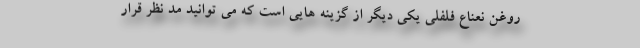
روغن نعناع فلفلی یکی دیگر از گزینه هایی است که می توانید مد نظر قرار